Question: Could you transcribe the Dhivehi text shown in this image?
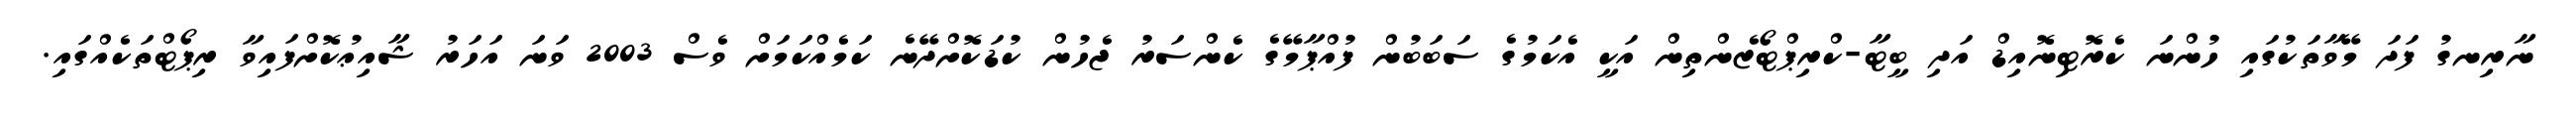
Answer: ނާރިނގު ފަދަ މޭވާތަކުގައި ހުންނަ ކެރޮޓިނޮއިޑް އަދި ބީޓާ-ކްރިޕްޓޯޒެންތިން އަކީ އެކަމުގެ ސަބަބުން ފުއްޕާމޭގެ ކެންސަރު ޖެހުން ކުޑަކޮށްދޭނެ ކަމެއްކަމަށް ވެސް 2003 ވަނަ އަހަރު ޝާއިޢުކޮށްފައިވާ ރިޕޯޓްތަކެއްގައި.